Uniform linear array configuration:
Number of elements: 48
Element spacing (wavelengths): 1
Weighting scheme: cosine
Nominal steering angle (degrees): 30
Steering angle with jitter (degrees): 31.322
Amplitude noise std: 0.05
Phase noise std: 0.05

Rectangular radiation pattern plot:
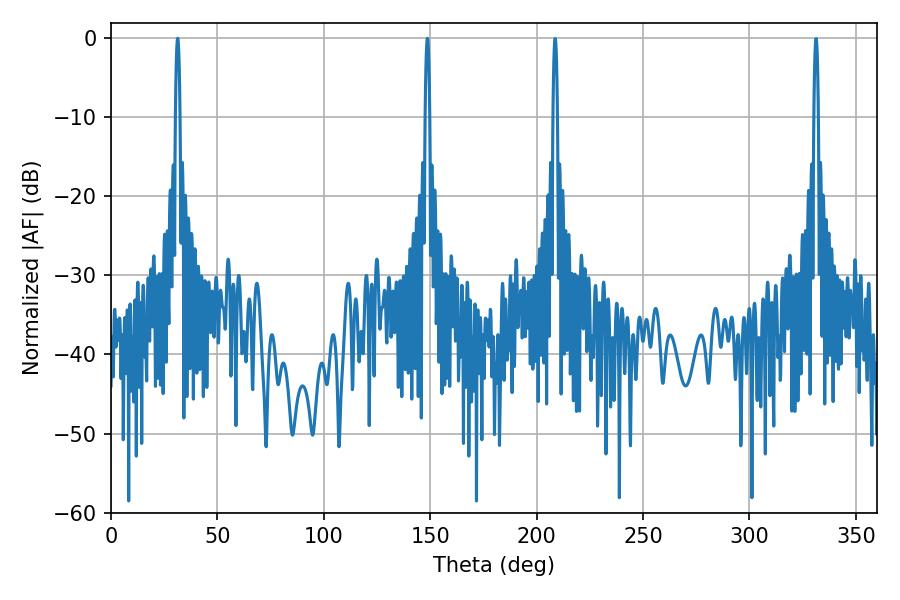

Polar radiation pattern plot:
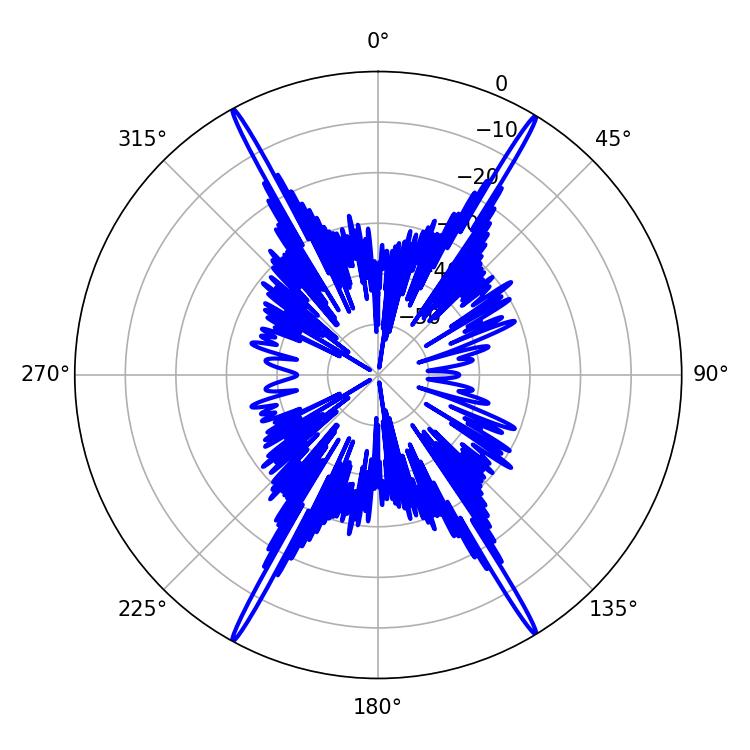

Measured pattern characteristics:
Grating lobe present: TRUE
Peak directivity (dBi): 28.805
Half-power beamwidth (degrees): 1.08
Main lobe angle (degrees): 31.32